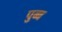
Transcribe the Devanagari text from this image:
पुब्ब